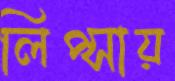
লিপ্সায়